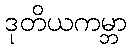
ဒုတိယကမ္ဘာ